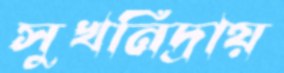
সুখনিদ্রায়